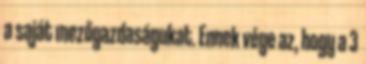
a saját mezőgazdaságukat. Ennek vége az, hogy a 3